Scientific memoirs by medical officers of the Army of India - Part VII,
Year: 1892
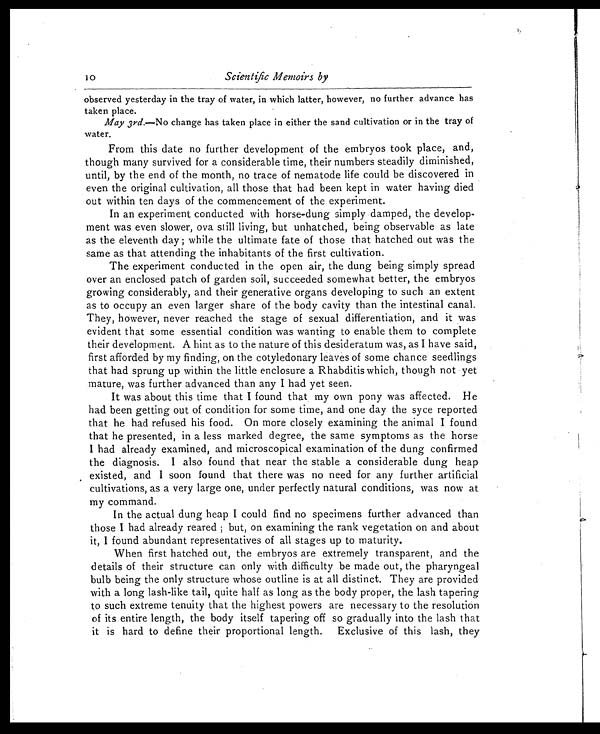
observed yesterday in the tray of water, in which latter, however, no further advance has
taken place.
May 3rd.—No change has taken place in either the sand cultivation or in the tray of
water.
From this date no further development of the embryos took place, and,
though many survived for a considerable time, their numbers steadily diminished,
until, by the end of the month, no trace of nematode life could be discovered in
even the original cultivation, all those that had been kept in water having died
out within ten days of the commencement of the experiment.
In an experiment conducted with horse-dung simply damped, the develop-
ment was even slower, ova still living, but unhatched, being observable as late
as the eleventh day; while the ultimate fate of those that hatched out was the
same as that attending the inhabitants of the first cultivation.
The experiment conducted in the open air, the dung being simply spread
over an enclosed patch of garden soil, succeeded somewhat better, the embryos
growing considerably, and their generative organs developing to such an extent
as to occupy an even larger share of the body cavity than the intestinal canal.
They, however, never reached the stage of sexual differentiation, and it was
evident that some essential condition was wanting to enable them to complete
their development. A hint as to the nature of this desideratum was, as I have said,
first afforded by my finding, on the cotyledonary leaves of some chance seedlings
that had sprung up within the little enclosure a Rhabditis which, though not yet
mature, was further advanced than any I had yet seen.
It was about this time that I found that, my own pony was affected. He
had been getting out of condition for some time, and one day the syce reported
that he had refused his food. On more closely examining the animal I found
that he presented, in a less marked degree, the same symptoms as the horse
I had already examined, and microscopical examination of the dung confirmed
the diagnosis. I also found that near the stable a considerable dung heap
existed, and I soon found that there was no need for any further artificial
cultivations, as a very large one, under perfectly natural conditions, was now at
my command.
In the actual dung heap I could find no specimens further advanced than
those I had already reared; but, on examining the rank vegetation on and about
it, I found abundant representatives of all stages up to maturity.
When first hatched out, the embryos are extremely transparent, and the
details of their structure can only with difficulty be made out, the pharyngeal
bulb being the only structure whose outline is at all distinct. They are provided
with a long lash-like tail, quite half as long as the body proper, the lash tapering
to such extreme tenuity that the highest powers are necessary to the resolution
of its entire length, the body itself tapering off so gradually into the lash that
it is hard to define their proportional length. Exclusive of this lash, they